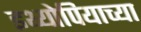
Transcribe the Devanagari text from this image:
इथ्योपियाच्या